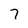
Character: 7